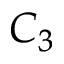
C _ { 3 }